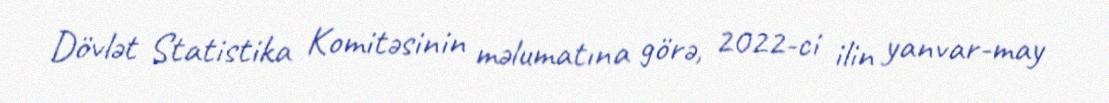
Dövlət Statistika Komitəsinin məlumatına görə, 2022-ci ilin yanvar-may